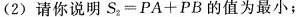
(2)请你说明$$S _ { 2 } = P A + P B$$的值为最小；